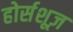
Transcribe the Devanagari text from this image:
होर्सशूज़